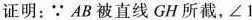
证明：∵AB被直线GH所截，$$∠ 1